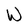
Character: W